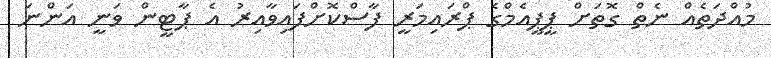
މުއްދަތެއް ނެތް ގޮތަށް ޕީޕީއެމްގެ ޕްރައިމަރީ ފާސްކޮށްފައިވާއިރު އެ ޕާޓީން ވަނީ އަންނަ